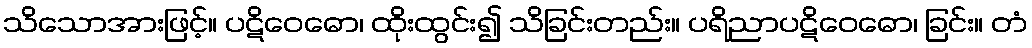
သိသောအားဖြင့်။ ပဋိဝေဓော၊ ထိုးထွင်း၍ သိခြင်းတည်း။ ပရိညာပဋိဝေဓော၊ ခြင်း။ တံ